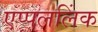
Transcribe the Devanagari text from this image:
एप्पललिंक